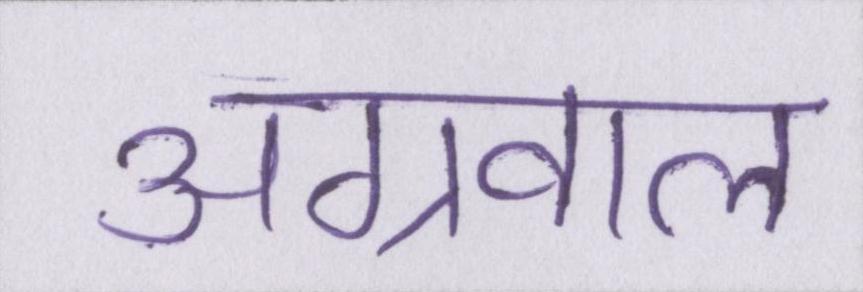
अग्रवाल